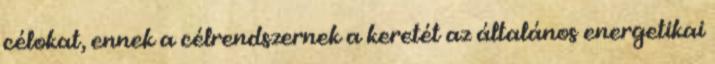
célokat, ennek a célrendszernek a keretét az általános energetikai